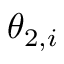
\theta _ { 2 , i }